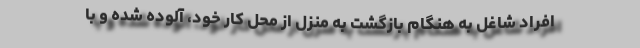
افراد شاغل به هنگام بازگشت به منزل از محل کار خود، آلوده شده و با